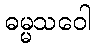
ဓမ္မသဝေါ